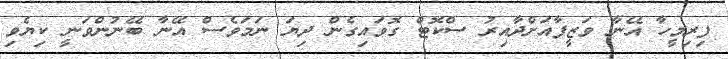
ފިރިމީހާ އޭނާ ވަޒީފާއަށްދާއިރު ސްކޮޓް ގޮވައިގެން ދިޔަ ނަމަވެސް އޭނާ ބޭނުންވަނީ ކިޔެވި